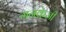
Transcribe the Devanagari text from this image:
गनक्रेज़ी